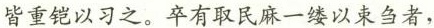
皆重铠以习之。卒有取民麻一缕以束刍者，